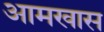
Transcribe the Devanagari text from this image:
आमखास